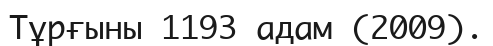
Тұрғыны 1193 адам (2009).